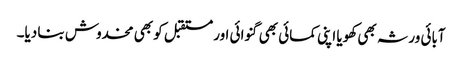
آبائی ورثہ بھی کھویا اپنی کمائی بھی گنوائی اور مستقبل کو بھی مخدوش بنا دیا۔